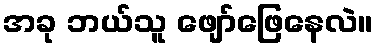
အခု ဘယ်သူ ဖျော်ဖြေနေလဲ။